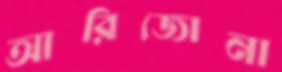
আরিজোনা